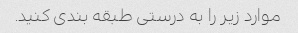
موارد زیر را به درستی طبقه بندی کنید.